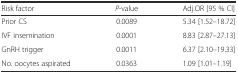
| Risk factor | P-value | Adj.OR [95 % CI] |
 | --- | --- | --- |
 | Prior CS | 0.0089 | 5.34 [1.52–18.72] |
 | IVF insemination | 0.0001 | 8.83 [2.87–27.13] |
 | GnRH trigger | 0.0011 | 6.37 [2.10–19.33] |
 | No. oocytes aspirated | 0.0363 | 1.09 [1.01–1.19] |